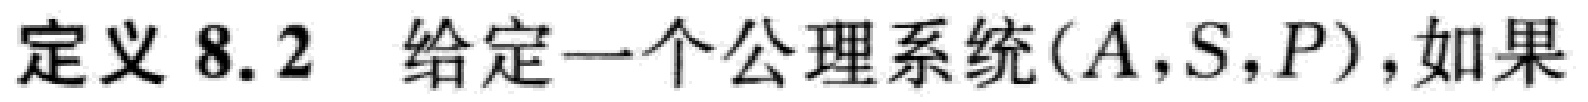
定义 8.2 给定一个公理系统$(A,S,P)$，如果